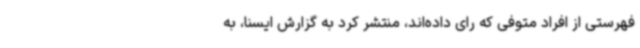
فهرستی از افراد متوفی که رای داده‌اند، منتشر کرد به گزارش ایسنا، به